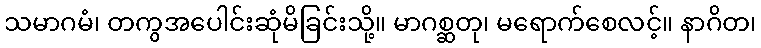
သမာဂမံ၊ တကွအပေါင်းဆုံမိခြင်းသို့။ မာဂစ္ဆတု၊ မရောက်စေလင့်။ နာဂိတ၊